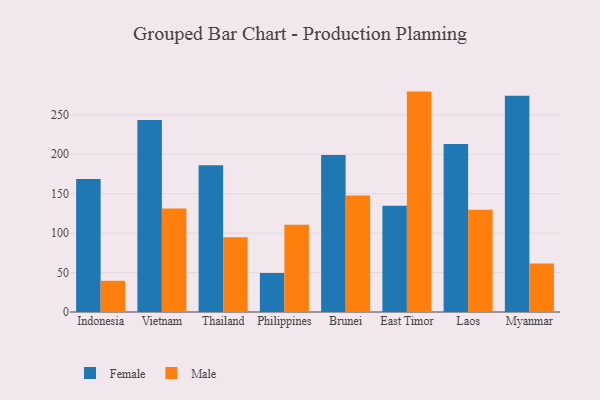
{"axis": {"x": "Country", "y": "Demand Index"}, "legend": ["Female", "Male"], "data": [{"x": "Indonesia", "y": 168.6, "type": "Female"}, {"x": "Indonesia", "y": 39.6, "type": "Male"}, {"x": "Vietnam", "y": 243.4, "type": "Female"}, {"x": "Vietnam", "y": 131.4, "type": "Male"}, {"x": "Thailand", "y": 186.0, "type": "Female"}, {"x": "Thailand", "y": 94.9, "type": "Male"}, {"x": "Philippines", "y": 49.3, "type": "Female"}, {"x": "Philippines", "y": 110.8, "type": "Male"}, {"x": "Brunei", "y": 199.2, "type": "Female"}, {"x": "Brunei", "y": 147.7, "type": "Male"}, {"x": "East Timor", "y": 134.7, "type": "Female"}, {"x": "East Timor", "y": 279.5, "type": "Male"}, {"x": "Laos", "y": 213.2, "type": "Female"}, {"x": "Laos", "y": 129.8, "type": "Male"}, {"x": "Myanmar", "y": 274.1, "type": "Female"}, {"x": "Myanmar", "y": 61.5, "type": "Male"}]}